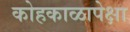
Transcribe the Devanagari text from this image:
कोहकाळापेक्षा